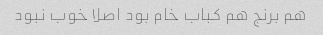
هم برنج هم کباب خام بود اصلا خوب نبود